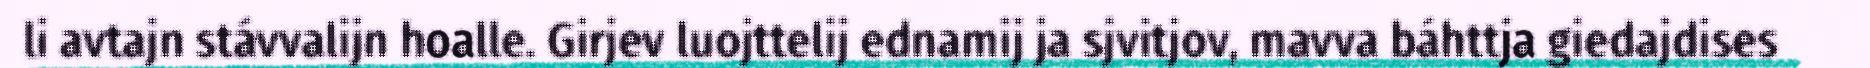
li avtajn stávvalijn hoalle. Girjev luojttelij ednamij ja sjvitjov, mavva báhttja giedajdises